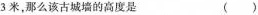
3米，那么该古城墙的高度是 ()